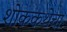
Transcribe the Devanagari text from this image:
शोककथेचा